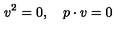
v ^ { 2 } = 0 , \quad p \cdot v = 0